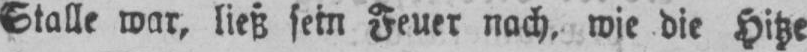
Stalle war, ließ sein Feuer nach, wie die Hitze